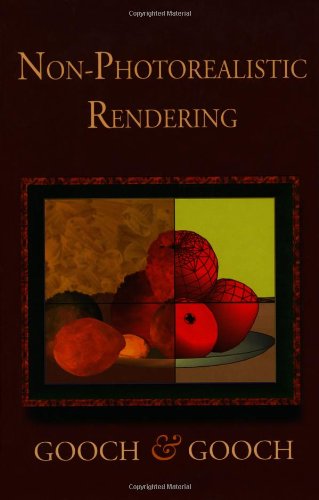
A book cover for Non-Photorealistic Rendering; Bruce Gooch; Computers & Technology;